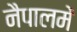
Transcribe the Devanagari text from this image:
नैपालमें